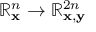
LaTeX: \mathbb { R } _ { \mathbf { x } } ^ { n } \to \mathbb { R } _ { \mathbf { x } , \mathbf { y } } ^ { 2 n }